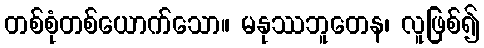
တစ်စုံတစ်ယောက်သော။ မနုဿဘူတေန၊ လူဖြစ်၍